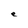
Character: e